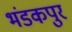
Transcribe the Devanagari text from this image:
भंडकपुर